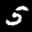
Label: 5